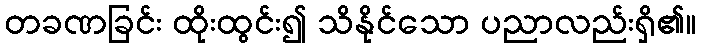
တခဏခြင်း ထိုးထွင်း၍ သိနိုင်သော ပညာလည်းရှိ၏။